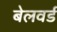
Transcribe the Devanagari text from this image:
बेलवर्ड